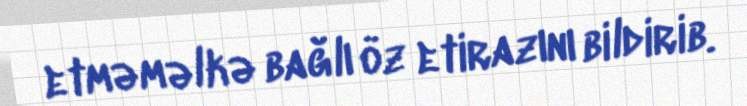
etməməlkə bağlı öz etirazını bildirib.